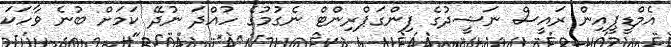
އެމްޑީޕީއިން ރައީސް ނަޝީދުގެ ފިންގަޕްރިންޓް ނެގުމުގެ ހުއްދަ ނުދޭ ކަމަށް ބުނެ ވާހަކަ